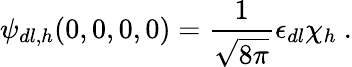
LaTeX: \psi_{dl,h}(0,0,0,0)=\frac{1}{\sqrt{8\pi}}\epsilon_{dl}\chi_{h}\ .